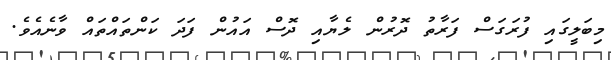
މިބަލީގައި ފުރަގަސް ފަރާތު ދޮރުން ލެޔާއި ދޮސް އައުން ފަދަ ކަންތައްތައް ވާނެއެވެ.